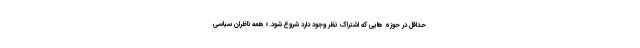
حداقل در حوزه هایی که اشتراک نظر وجود دارد شروع شود.» همه ناظران سیاسی